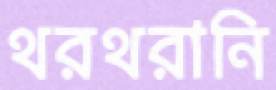
থরথরানি